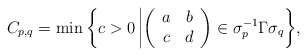
\begin{align*}C_{p,q} = \min \bigg{\lbrace} c > 0\,\bigg{|} \bigg(\begin{array}{ccc} a &b\\ c & d \end{array}\bigg) \in \sigma_{p}^{-1}\Gamma \sigma_{q} \bigg{\rbrace},\end{align*}